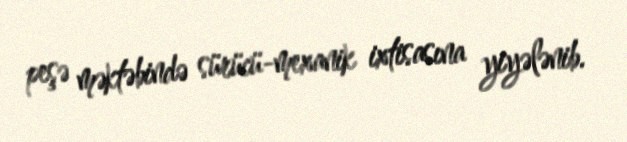
peşə məktəbində sürücü-mexanik ixtisasına yiyələnib.